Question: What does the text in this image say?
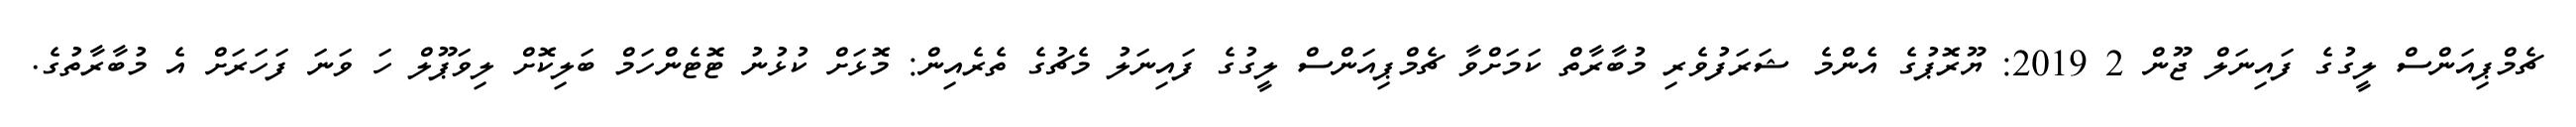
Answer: ޗެމްޕިއަންސް ލީގުގެ ފައިނަލް ޖޫން 2 2019: ޔޫރޮޕުގެ އެންމެ ޝަރަފުވެރި މުބާރާތް ކަމަށްވާ ޗެމްޕިއަންސް ލީގުގެ ފައިނަލު މެޗުގެ ތެރެއިން: މޮޅަށް ކުޅުނު ޓޮޓެންހަމް ބަލިކޮށް ލިވަޕޫލް ހަ ވަނަ ފަހަރަށް އެ މުބާރާތުގެ.